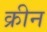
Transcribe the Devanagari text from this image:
क्रीन